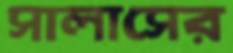
সালাসের